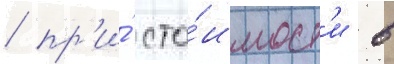
/ пр'и́ сто́имост'и в